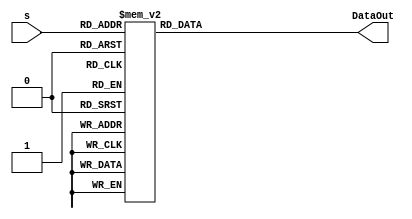
//################################
// Decoder for Beta Number
// 18-inputs element
// Version 1.5                  
//################################

module decode5_18_Beta(s,DataOut);

//---------------------------
// s: Input deecimal adress;
// DataOut: Output data;
//---------------------------

input [4:0] s;
output reg [17:0] DataOut;

always@(s)begin
	case(s)
		5'b00000: DataOut=18'b000000000000000000;
		5'b00001: DataOut=18'b000000000000000001;
		5'b00010: DataOut=18'b000000000000000011;
		5'b00011: DataOut=18'b000000000000000111;
		5'b00100: DataOut=18'b000000000000001111;
		5'b00101: DataOut=18'b000000000000011111;
		5'b00110: DataOut=18'b000000000000111111;
		5'b00111: DataOut=18'b000000000001111111;
		5'b01000: DataOut=18'b000000000011111111; 
		5'b01001: DataOut=18'b000000000111111111;
		5'b01010: DataOut=18'b000000001111111111;
		5'b01011: DataOut=18'b000000011111111111;
		5'b01100: DataOut=18'b000000111111111111;
		5'b01101: DataOut=18'b000001111111111111;
		5'b01110: DataOut=18'b000011111111111111;
		5'b01111: DataOut=18'b000111111111111111;
		5'b10000: DataOut=18'b001111111111111111;
		5'b10001: DataOut=18'b011111111111111111;
		5'b10010: DataOut=18'b111111111111111111;
		default:  DataOut=18'b000000000000000000;
	endcase
end
endmodule